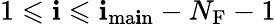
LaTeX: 1\leqslant\mathbf{i}\leqslant\mathbf{i}_{\mathrm{{ma\mathbf{i}n}}}-N_{\mathrm{{F}}}-1